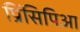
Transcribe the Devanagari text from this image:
प्रिंसिपिआ